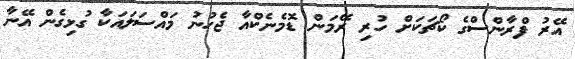
އޭރު ފްރާންސްގެ ކޯޗަކަށް ހުރި ރޭމަން ޑޮމެނެކްއާ ޖެހުނު މައްސަލައަކާ ގުޅިގެން އޭނާ